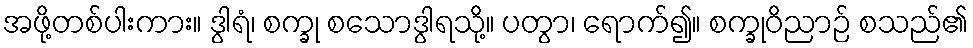
အဖို့တစ်ပါးကား။ ဒွါရံ၊ စက္ခု စသောဒွါရသို့။ ပတွာ၊ ရောက်၍။ စက္ခုဝိညာဉ် စသည်၏